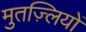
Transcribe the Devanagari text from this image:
मुतज़्लियों